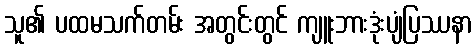
သူ၏ ပထမသက်တမ်း အတွင်းတွင် ကျူးဘားဒုံးပျံပြဿနာ